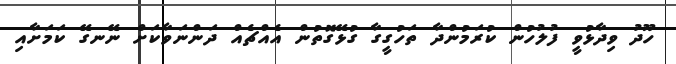
ހޫދު ވިދާޅުވީ ފުލުހުން ކުރަމުންދާ ތަހުގީގާ ގުޅޭގޮތުން އެއްޗެއް ދަންނަވާކަށް ނޭނގޭ ކަމަށާއި